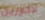
فخورين